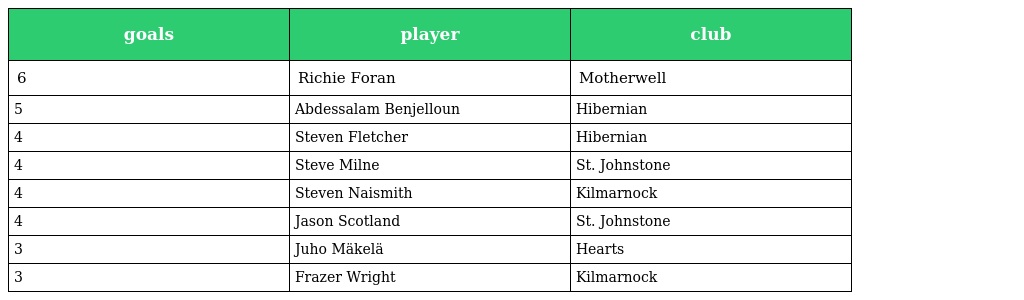
| goals | player | club |
 | --- | --- | --- |
 | 6 | Richie Foran | Motherwell |
 | 5 | Abdessalam Benjelloun | Hibernian |
 | 4 | Steven Fletcher | Hibernian |
 | 4 | Steve Milne | St. Johnstone |
 | 4 | Steven Naismith | Kilmarnock |
 | 4 | Jason Scotland | St. Johnstone |
 | 3 | Juho Mäkelä | Hearts |
 | 3 | Frazer Wright | Kilmarnock |